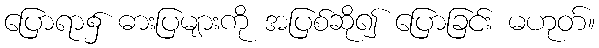
ပြောရာ၌ ဓားပြများကို အပြစ်ဆို၍ ပြောခြင်း မဟုတ်။